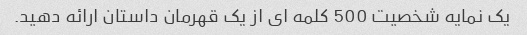
یک نمایه شخصیت 500 کلمه ای از یک قهرمان داستان ارائه دهید.